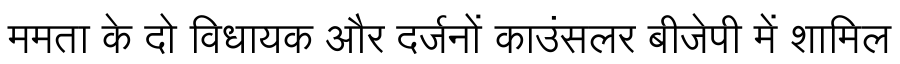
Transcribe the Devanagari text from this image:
ममता के दो विधायक और दर्जनों काउंसलर बीजेपी में शामिल